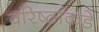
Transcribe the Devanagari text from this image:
वरिष्ठांकडे